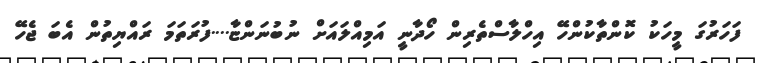
ފަހަރުގަ މީހަކު ކޮންތާކުންހޭ އިހްލާސްތެރިން ހޯދާނީ އަމިއްލައަށް ނުބުނަންޏާ....ފުރަތަމަ ރައްޔިތުން އެބަ ޖެހޭ